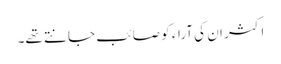
اکثر ان کی آراء کو صائب جانتے تھے۔